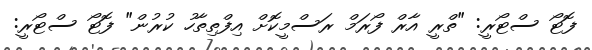
ފޮޓޯ ސްޓޯރީ: "ތްރީ އާރް ފޯރަމް ރަސްމީކޮށް އިފްތިތާހު ކުރުން" ފޮޓޯ ސްޓޯރީ: